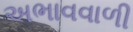
અભાવવાળી